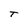
Character: T